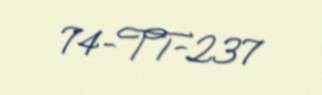
74-TT-237